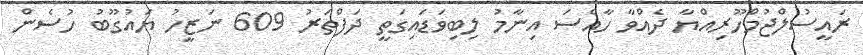
ރައީސުލްޖުމްހޫރިއްޔާ ދެއްވާ ހާއްސަ އިނާމު ލިބިވަޑައިގަތީ ދަފްތަރު 609 ނަޒީހު ޔައުގޫބު ހުސެން